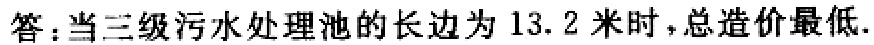
答：当三级污水处理池的长边为13.2米时，总造价最低.